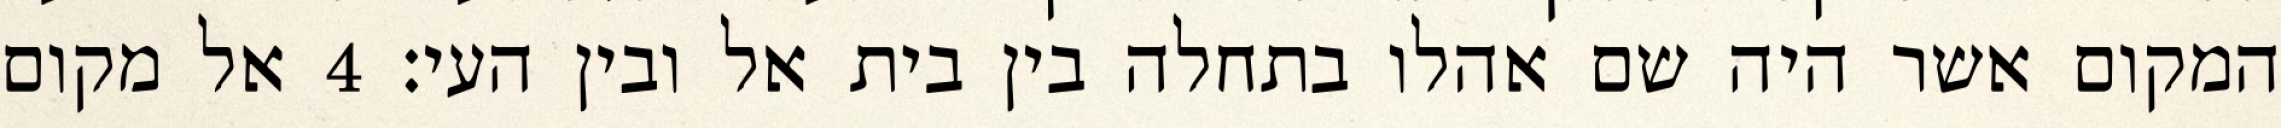
המקום אשר היה שם אהלו בתחלה בין בית אל ובין העי׃ ‎4‏ אל מקום